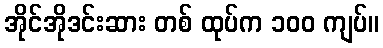
အိုင်အိုဒင်းဆား တစ် ထုပ်က ၁၀၀ ကျပ်။